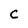
Character: C